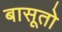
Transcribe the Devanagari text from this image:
बासूतो